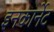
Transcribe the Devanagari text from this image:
इनकार्नेट